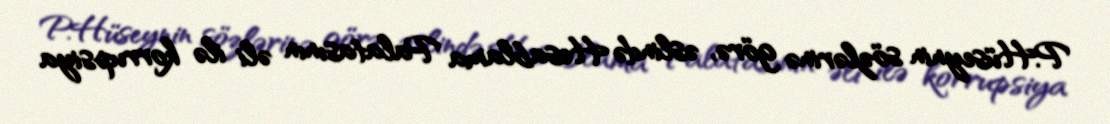
P.Hüseynin sözlərinə görə, əslində Hesablama Palatasının əli ilə korrupsiya